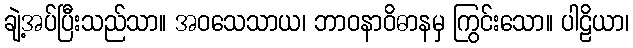
ချဲ့အပ်ပြီးသည်သာ။ အဝသေသာယ၊ ဘာဝနာဝိဓာနမှ ကြွင်းသော။ ပါဠိယာ၊